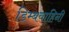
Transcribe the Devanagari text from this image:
डिम्बवाहिनी